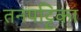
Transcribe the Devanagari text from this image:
तनपट्टिका